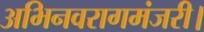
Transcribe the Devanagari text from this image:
अभिनवरागमंजरी।